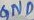
Text: GND